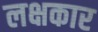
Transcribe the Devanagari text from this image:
लक्षकार